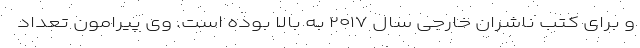
و برای کتب ناشران خارجی سال ۲۰۱۷ به بالا بوده است. وی پیرامون تعداد